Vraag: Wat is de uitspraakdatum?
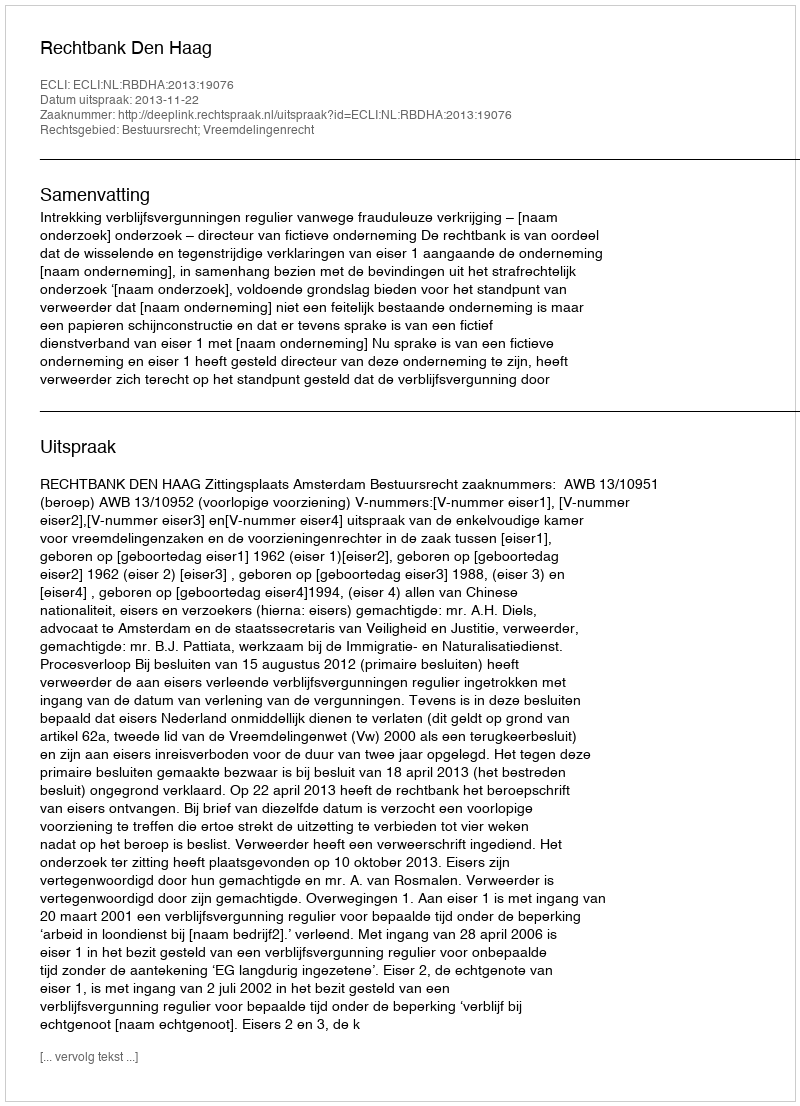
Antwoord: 2013-11-22